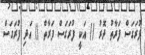
ފުރަގަސް ފަރާތު ދޮރު () އަކީ ފުރަގަސް ފަރާތް () އަދި ފުރަގަސް